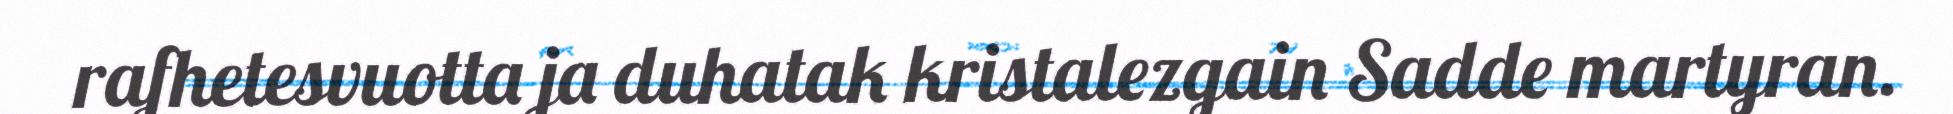
rafhetesvuotta ja duhatak kristalezgain Sadde martyran.